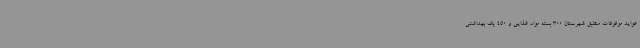
عواید موقوفات منطبق شهرستان 300 بسته مواد غذایی و 450 پک بهداشتی